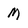
Character: M